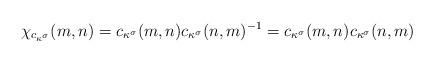
LaTeX: \begin{align*}\chi_{c_{\kappa^\sigma}} (m,n) = c_{\kappa^\sigma}(m,n) c_{\kappa^\sigma}(n,m)^{-1} = c_{\kappa^\sigma}(m,n) c_{\kappa^\sigma}(n,m)\end{align*}